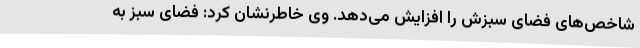
شاخص‌های فضای سبزش را افزایش می‌دهد. وی خاطرنشان کرد: فضای سبز به